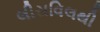
લીસવિલથી